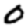
Digit: 0